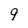
Character: 9